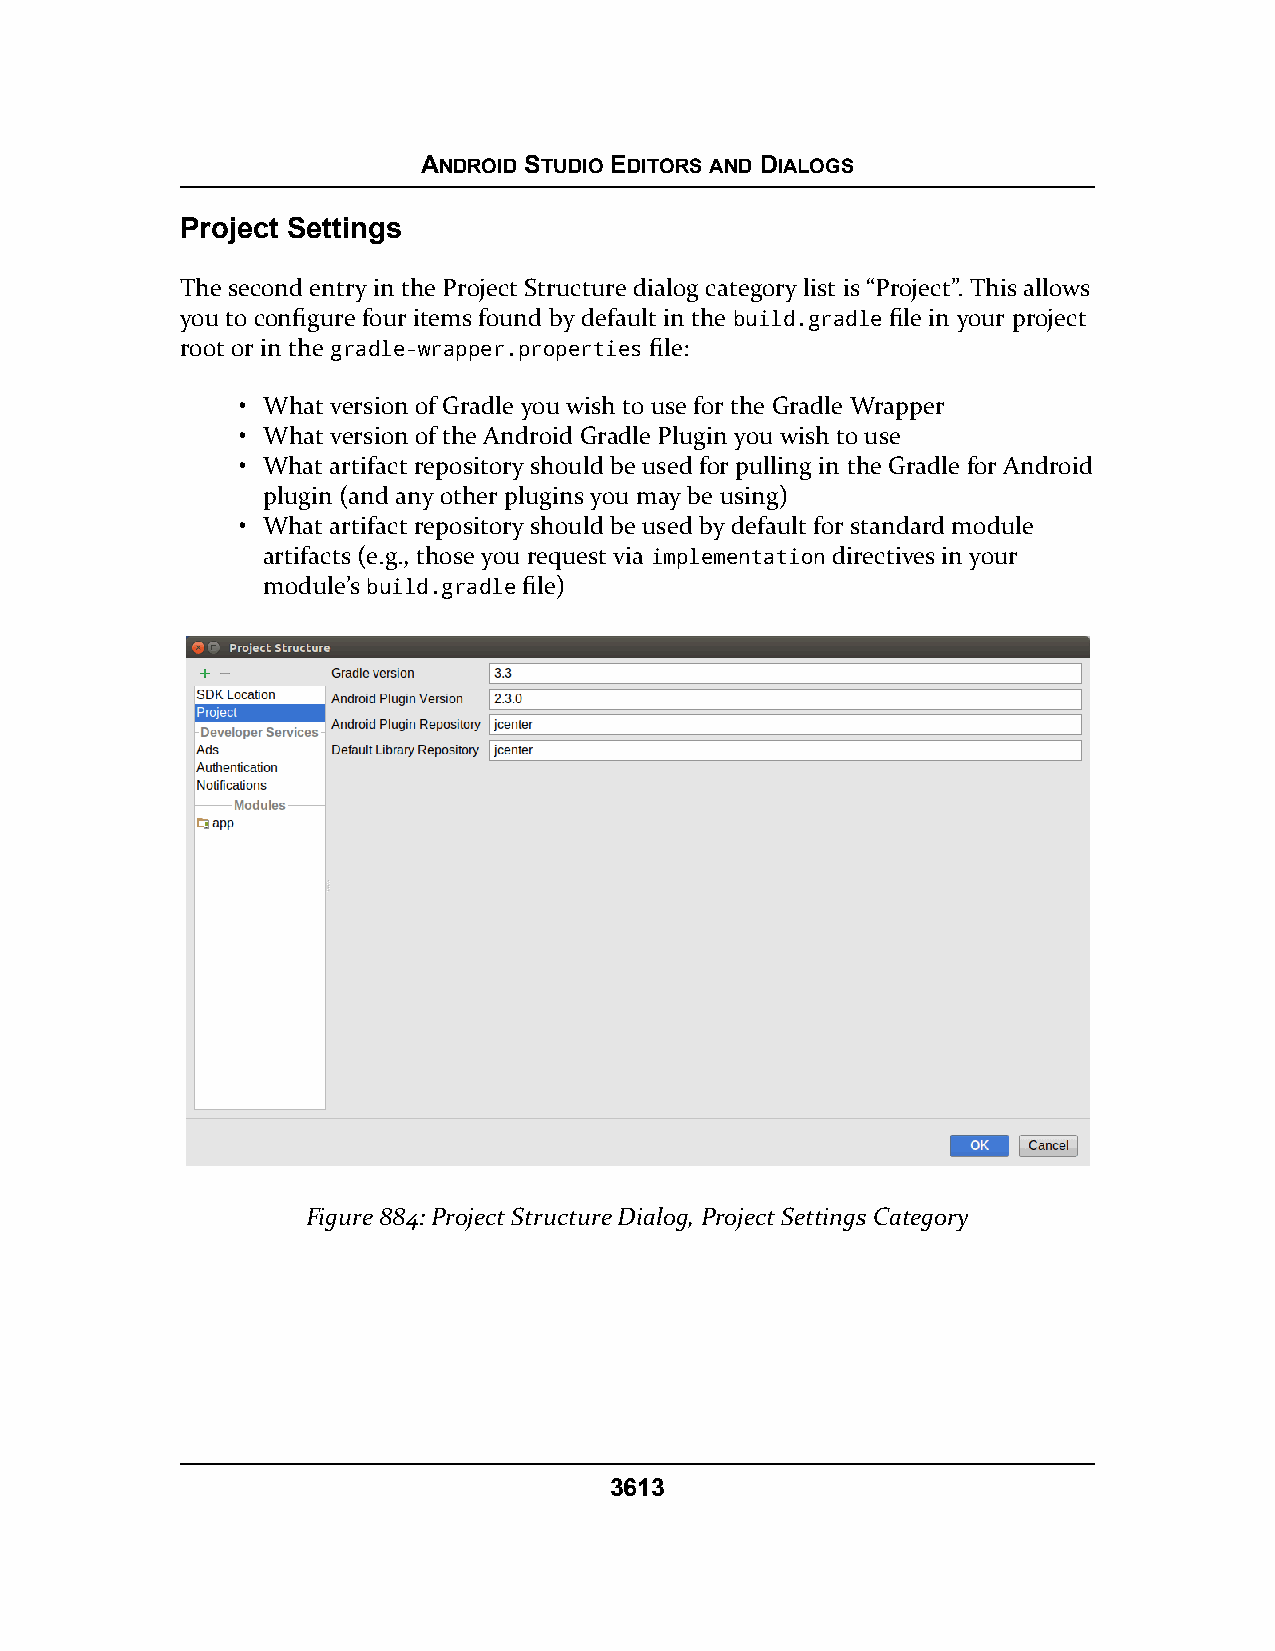
ANDROID STUDIO EDITORS AND DIALOGS
 Project Settings
 The second entry in the Project Structure dialog category list is “Project”. This allows
 you to configure four items found by default in the build.gradle file in your project
 root or in the gradle-wrapper.properties file:
 • What version of Gradle you wish to use for the Gradle Wrapper
 • What version of the Android Gradle Plugin you wish to use
 • What artifact repository should be used for pulling in the Gradle for Android
 plugin (and any other plugins you may be using)
 • What artifact repository should be used by default for standard module
 artifacts (e.g., those you request via implementation directives in your
 module’s build.gradle file)
 Figure 884: Project Structure Dialog, Project Settings Category
 3613